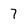
Character: 7